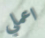
اعملي